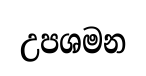
උපශමන